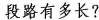
段路有多长？